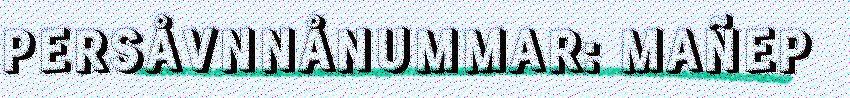
PERSÅVNNÅNUMMAR: MAÑEP